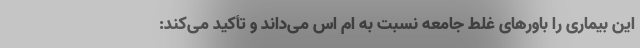
این بیماری را باورهای غلط جامعه نسبت به ام اس می‌داند و تأکید می‌کند: